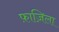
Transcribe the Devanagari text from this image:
फ़ाज़िला